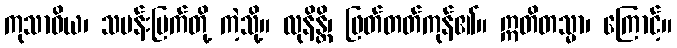
ကုသာဝိယ၊ သမန်းမြက်တို့ ကဲ့သို့။ လုနိန္တိ၊ ဖြတ်တတ်ကုန်၏။ ဣတိတသ္မာ၊ ကြောင့်။